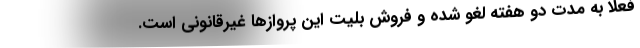
فعلا به مدت دو هفته لغو شده و فروش بلیت این پرواز‌ها غیرقانونی است.